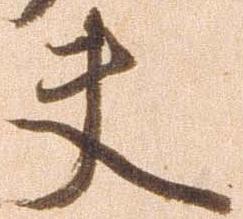
夫